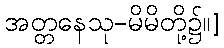
အတ္တနေသု-မိမိတို့၌။]